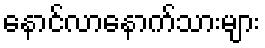
နောင်လာနောက်သားများ